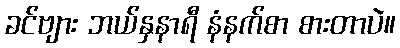
ခင်ဗျား ဘယ်နှနာရီ နံနက်စာ စားတာပဲ။